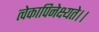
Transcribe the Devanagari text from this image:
त्वेकापिनेक्ष्यते।।